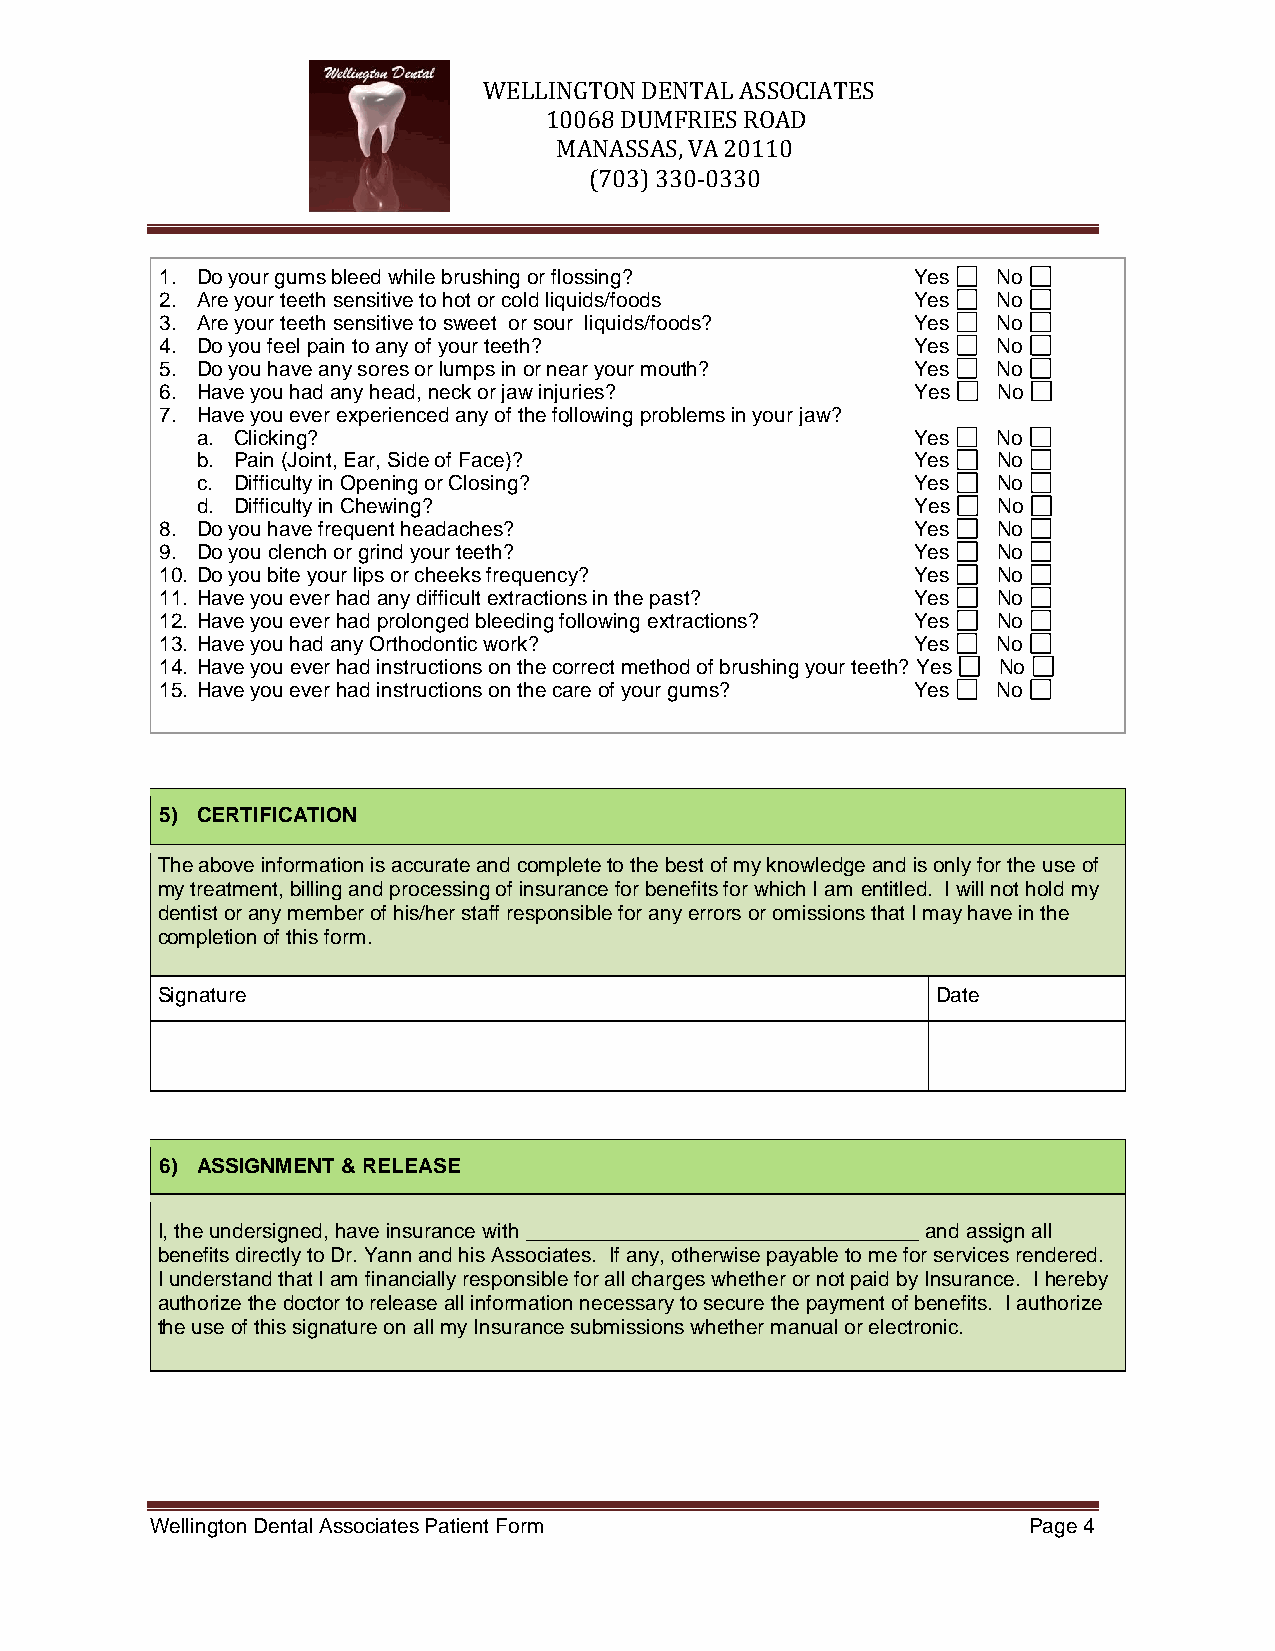
WELLINGTON DENTAL ASSOCIATES
 10068 DUMFRIES ROAD
 MANASSAS, VA 20110
 (703) 330-0330
 1. Do your gums bleed while brushing or flossing? Yes  No
 2. Are your teeth sensitive to hot or cold liquids/foods Yes No
 3. Are your teeth sensitive to sweet or sour liquids/foods? Yes No
 4. Do you feel pain to any of your teeth?        Yes   No
 5. Do you have any sores or lumps in or near your mouth? Yes No
 6. Have you had any head, neck or jaw injuries?   Yes  No
 7. Have you ever experienced any of the following problems in your jaw?
 a. Clicking?                                   Yes   No
 b. Pain (Joint, Ear, Side of Face)?            Yes   No
 c. Difficulty in Opening or Closing?           Yes   No
 d. Difficulty in Chewing?                       Yes  No
 8. Do you have frequent headaches?               Yes   No
 9. Do you clench or grind your teeth?            Yes   No
 10. Do you bite your lips or cheeks frequency?   Yes   No
 11. Have you ever had any difficult extractions in the past? Yes No
 12. Have you ever had prolonged bleeding following extractions? Yes No
 13. Have you had any Orthodontic work?           Yes   No
 14. Have you ever had instructions on the correct method of brushing your teeth? Yes No
 15. Have you ever had instructions on the care of your gums? Yes No
 5) CERTIFICATION
 The above information is accurate and complete to the best of my knowledge and is only for the use of
 my treatment, billing and processing of insurance for benefits for which I am entitled. I will not hold my
 dentist or any member of his/her staff responsible for any errors or omissions that I may have in the
 completion of this form.
 Signature                                           Date
 6) ASSIGNMENT & RELEASE
 I, the undersigned, have insurance with __________________________________ and assign all
 benefits directly to Dr. Yann and his Associates. If any, otherwise payable to me for services rendered.
 I understand that I am financially responsible for all charges whether or not paid by Insurance. I hereby
 authorize the doctor to release all information necessary to secure the payment of benefits. I authorize
 the use of this signature on all my Insurance submissions whether manual or electronic.
 Wellington Dental Associates Patient Form                 Page 4